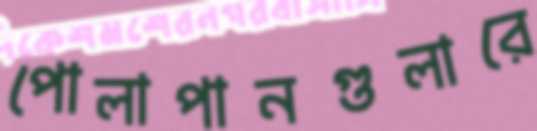
পোলাপানগুলারে